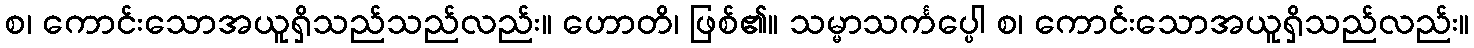
စ၊ ကောင်းသောအယူရှိသည်သည်လည်း။ ဟောတိ၊ ဖြစ်၏။ သမ္မာသင်္ကပ္ပေါ စ၊ ကောင်းသောအယူရှိသည်လည်း။